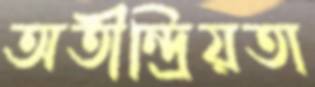
অতীন্দ্রিয়তা